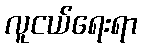
လူငယ်ရေးရာ